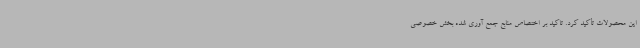
این محصولات تأکید کرد. تاکید بر اختصاص منابع جمع آوری شده بخش خصوصی